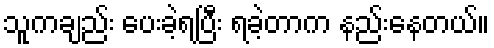
သူကချည်း ပေးခဲ့ရပြီး ရခဲ့တာက နည်းနေတယ်။